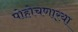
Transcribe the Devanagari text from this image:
पोहोचणार्‍या